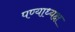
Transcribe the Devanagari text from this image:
पण्याध्यक्ष